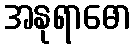
အနုရာဓော